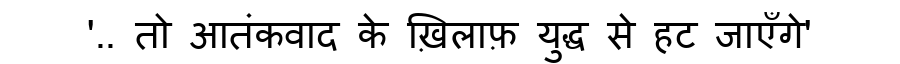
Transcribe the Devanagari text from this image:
'.. तो आतंकवाद के ख़िलाफ़ युद्ध से हट जाएँगे'